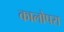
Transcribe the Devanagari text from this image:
कालोपरा